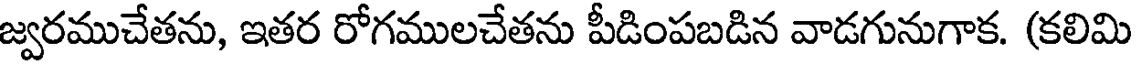
జ్వరముచేతను, ఇతర రోగములచేతను పీడింపబడిన వాడగునుగాక. (కలిమి